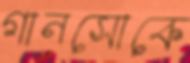
গানসোকে